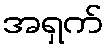
အရှက်